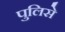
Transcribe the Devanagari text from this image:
पुलिसे